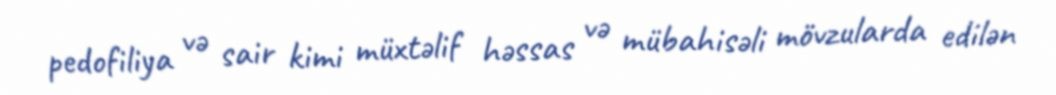
pedofiliya və sair kimi müxtəlif həssas və mübahisəli mövzularda edilən